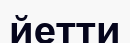
йетти